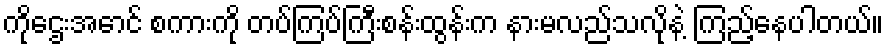
ကိုဌေးအောင် စကားကို တပ်ကြပ်ကြီးစန်းထွန်းက နားမလည်သလိုနဲ့ ကြည့်နေပါတယ်။